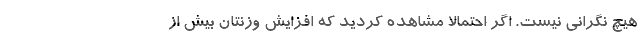
هیچ نگرانی نیست. اگر احتمالا مشاهده کردید که افزایش وزنتان بیش از